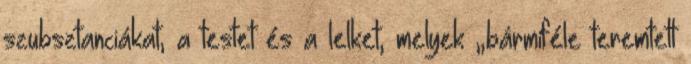
szubsztanciákat, a testet és a lelket, melyek „bármiféle teremtett